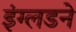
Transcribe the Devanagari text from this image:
इंग्लडने